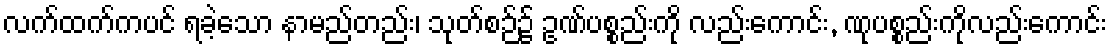
လက်ထက်ကပင် ရခဲ့သော နာမည်တည်း၊ သုတ်စဉ်၌ ဥဏ်ပစ္စည်းကို လည်းကောင်း, ဏုပစ္စည်းကိုလည်းကောင်း